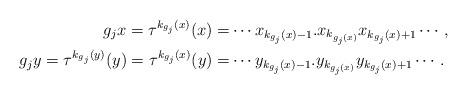
LaTeX: \begin{align*}g_jx=\tau^{k_{g_j}(x)}(x)=&\cdots x_{k_{g_j}(x)-1}.x_{k_{g_j(x)}}x_{k_{g_j}(x)+1}\cdots,\\g_jy=\tau^{k_{g_j}(y)}(y)=\tau^{k_{g_j}(x)}(y)=&\cdots y_{k_{g_j}(x)-1}.y_{k_{g_j(x)}}y_{k_{g_j}(x)+1}\cdots.\end{align*}